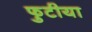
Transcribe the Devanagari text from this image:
फुटीया